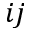
{ i j }